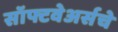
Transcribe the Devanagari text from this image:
सॉफ्टवेअर्सचे